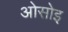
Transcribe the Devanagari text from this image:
ओसोइ